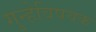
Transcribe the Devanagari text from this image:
गुन्हेविषयक